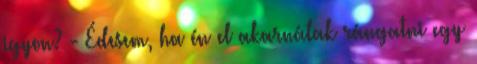
igyon? - Édesem, ha én el akarnálak rángatni egy